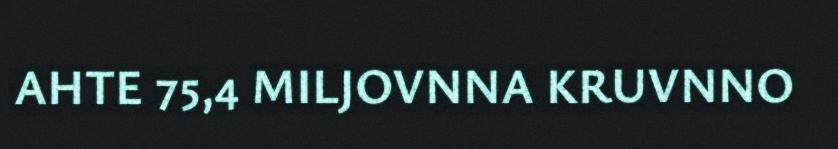
AHTE 75,4 MILJOVNNA KRUVNNO